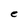
Character: e